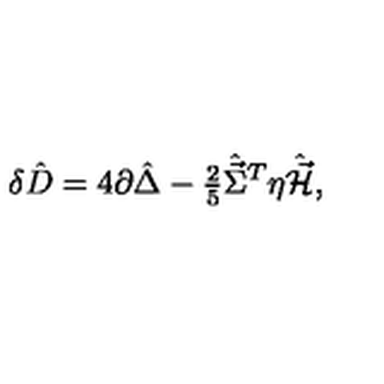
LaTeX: \delta \hat { D } = 4 \partial \hat { \Delta } - { \textstyle \frac { 2 } { 5 } } \hat { \vec { \Sigma } } { } ^ { T } \eta \hat { \vec { \cal H } } ,